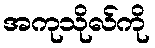
အကုသိုလ်ကို